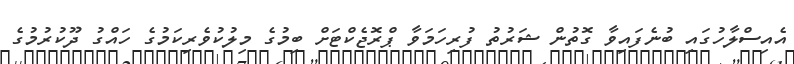
އެއިސްލާހުގައި ބުނެފައިވާ ގޮތުން ޝަރުތު ފުރިހަމަވާ ޕްރޮޖެކްޓަށް ބިމުގެ މިލުކުވެރިކަމުގެ ހައްގު ދޫކުރުމުގެ